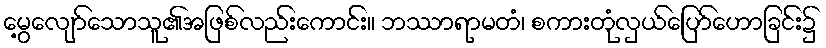
မွေ့လျော်သောသူ၏အဖြစ်လည်းကောင်း။ ဘဿာရာမတံ၊ စကားတုံလှယ်ပြော်ဟောခြင်း၌